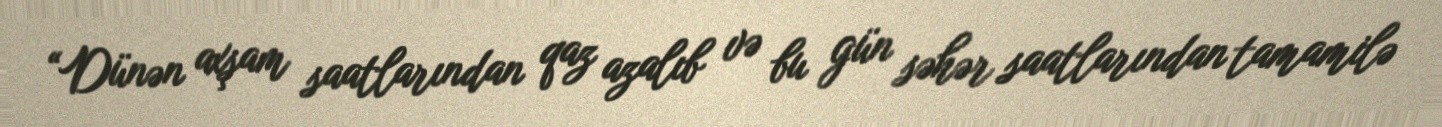
“Dünən axşam saatlarından qaz azalıb və bu gün səhər saatlarından tamamilə